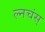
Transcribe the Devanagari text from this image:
ल्नचंस्